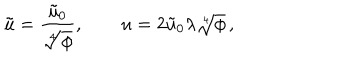
\tilde { u } = \frac { \tilde { u } _ { 0 } } { \sqrt [ [object Object] ] ] { \phi } } , \qquad u = 2 \tilde { u } _ { 0 } \lambda \sqrt [ [object Object] ] ] { \phi } \, ,